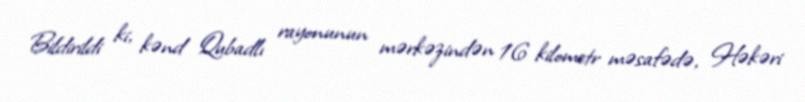
Bildirildi ki, kənd Qubadlı rayonunun mərkəzindən 16 kilometr məsafədə, Həkəri